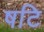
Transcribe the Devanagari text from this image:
षटि